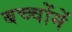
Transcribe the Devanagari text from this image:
बच्‍चोंमें